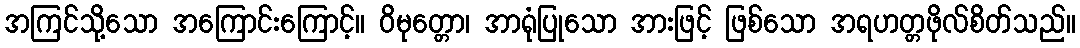
အကြင်သို့သော အကြောင်းကြောင့်။ ဝိမုတ္တော၊ အာရုံပြုသော အားဖြင့် ဖြစ်သော အရဟတ္တဖိုလ်စိတ်သည်။